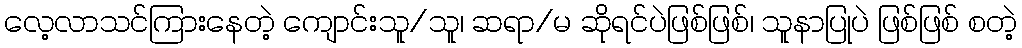
လေ့လာသင်ကြားနေတဲ့ ကျောင်းသူ/သူ၊ ဆရာ/မ ဆိုရင်ပဲဖြစ်ဖြစ်၊ သူနာပြုပဲ ဖြစ်ဖြစ် စတဲ့